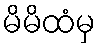
မိမိထံမှ